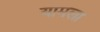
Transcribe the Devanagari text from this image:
यामला